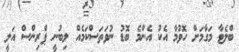
ބްލެޓާ މަގާމަށް ހޮވުމާ އެކު އެންމެ ބޮޑު ނުވަތަސްކަމެއް ލިބުނީ ޕްރިންސް އަލީ